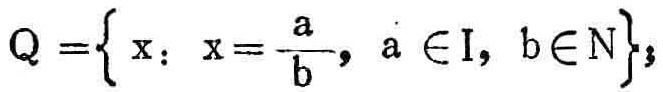
\(Q = \left\{ x: x = \frac{a}{b}, a \in I, b\in N\right\}\)